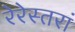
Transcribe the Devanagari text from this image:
रेरेस्तरां